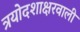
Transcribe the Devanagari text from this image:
त्रयोदशाक्षरवाली